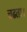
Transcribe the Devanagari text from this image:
चढता।